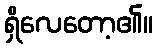
ရှိလေတော့၏။